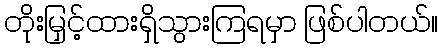
တိုးမြှင့်ထားရှိသွားကြရမှာ ဖြစ်ပါတယ်။